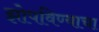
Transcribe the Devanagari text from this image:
झोपविण्याचा